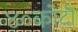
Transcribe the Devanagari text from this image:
४०कोटी